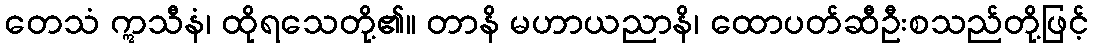
တေသံ ဣသီနံ၊ ထိုရသေတို့၏။ တာနိ မဟာယညာနိ၊ ထောပတ်ဆီဦးစသည်တို့ဖြင့်